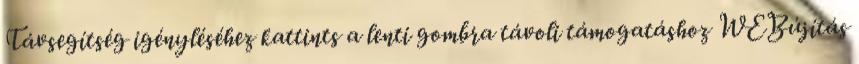
Távsegítség igényléséhez kattints a lenti gombra távoli támogatáshoz WEBújítás